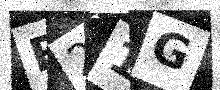
Text: E21G